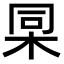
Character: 𣑸